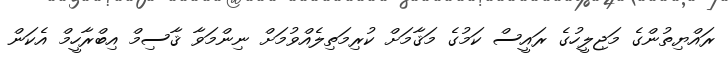
ރައްޔިތުންގެ މަޖިލީހުގެ ރައީސް ކަމުގެ މަޤާމަށް ކުރިމަތިލެއްވުމަށް ނިންމަވާ ޤާސިމް އިބްރާހީމް އެކަން